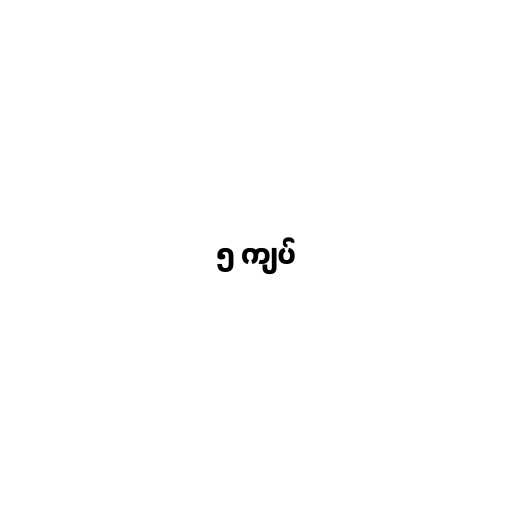
၅ ကျပ်